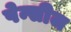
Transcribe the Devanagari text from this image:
पेन्सीज